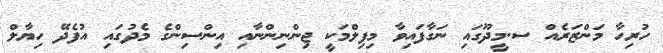
ހުރިހާ މަންޒަރެއް ސ.މީދޫގައި ނަގާފައިވާ މިފިލްމަކީ ޖިންނިންނާއި އިންސިންގެ މެދުގައި އުފެދޭ ހިޔާލް